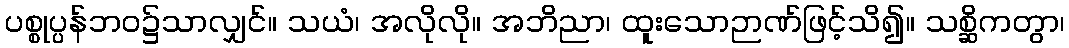
ပစ္စုပ္ပန်ဘဝ၌သာလျှင်။ သယံ၊ အလိုလို။ အဘိညာ၊ ထူးသောဉာဏ်ဖြင့်သိ၍။ သစ္ဆိကတွာ၊